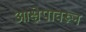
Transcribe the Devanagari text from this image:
आक्षेपावरून